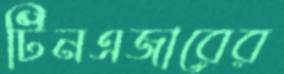
টিনএজারের